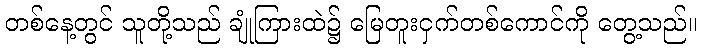
တစ်နေ့တွင် သူတို့သည် ချုံကြားထဲ၌ မြေတူးငှက်တစ်ကောင်ကို တွေ့သည်။